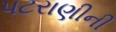
પટરાણીની